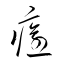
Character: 癒